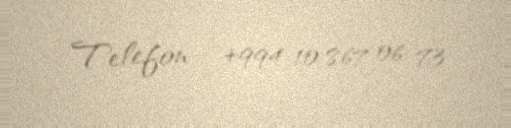
Telefon - +994 10 867 06 73